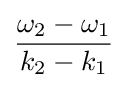
{\frac {\omega _{2}-\omega _{1}}{k_{2}-k_{1}}}